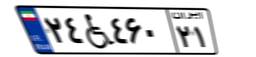
۲۴W۴۶۰۲۱